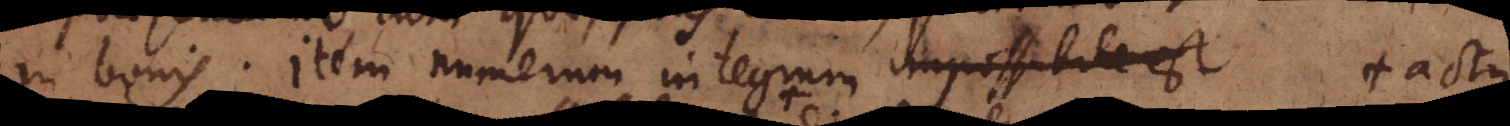
in bonis. Item numerum integrum impossibilie + actu